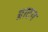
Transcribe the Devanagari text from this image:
ग्राटन